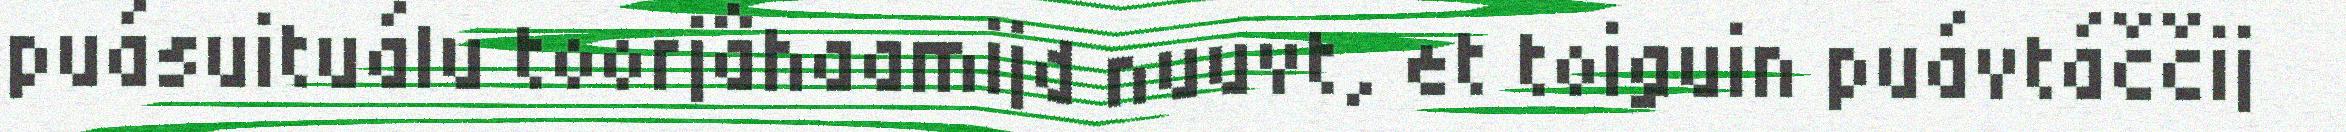
puásuituálu toorjâhaamijd nuuvt, et toiguin puávtáččij